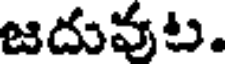
జదువట.